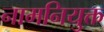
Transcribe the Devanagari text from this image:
नामनियुक्त